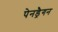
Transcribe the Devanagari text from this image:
पेनड्रैगन